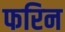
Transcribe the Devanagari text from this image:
फरिन